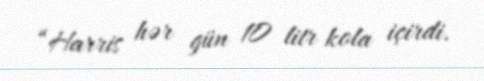
“Harris hər gün 10 litr kola içirdi.